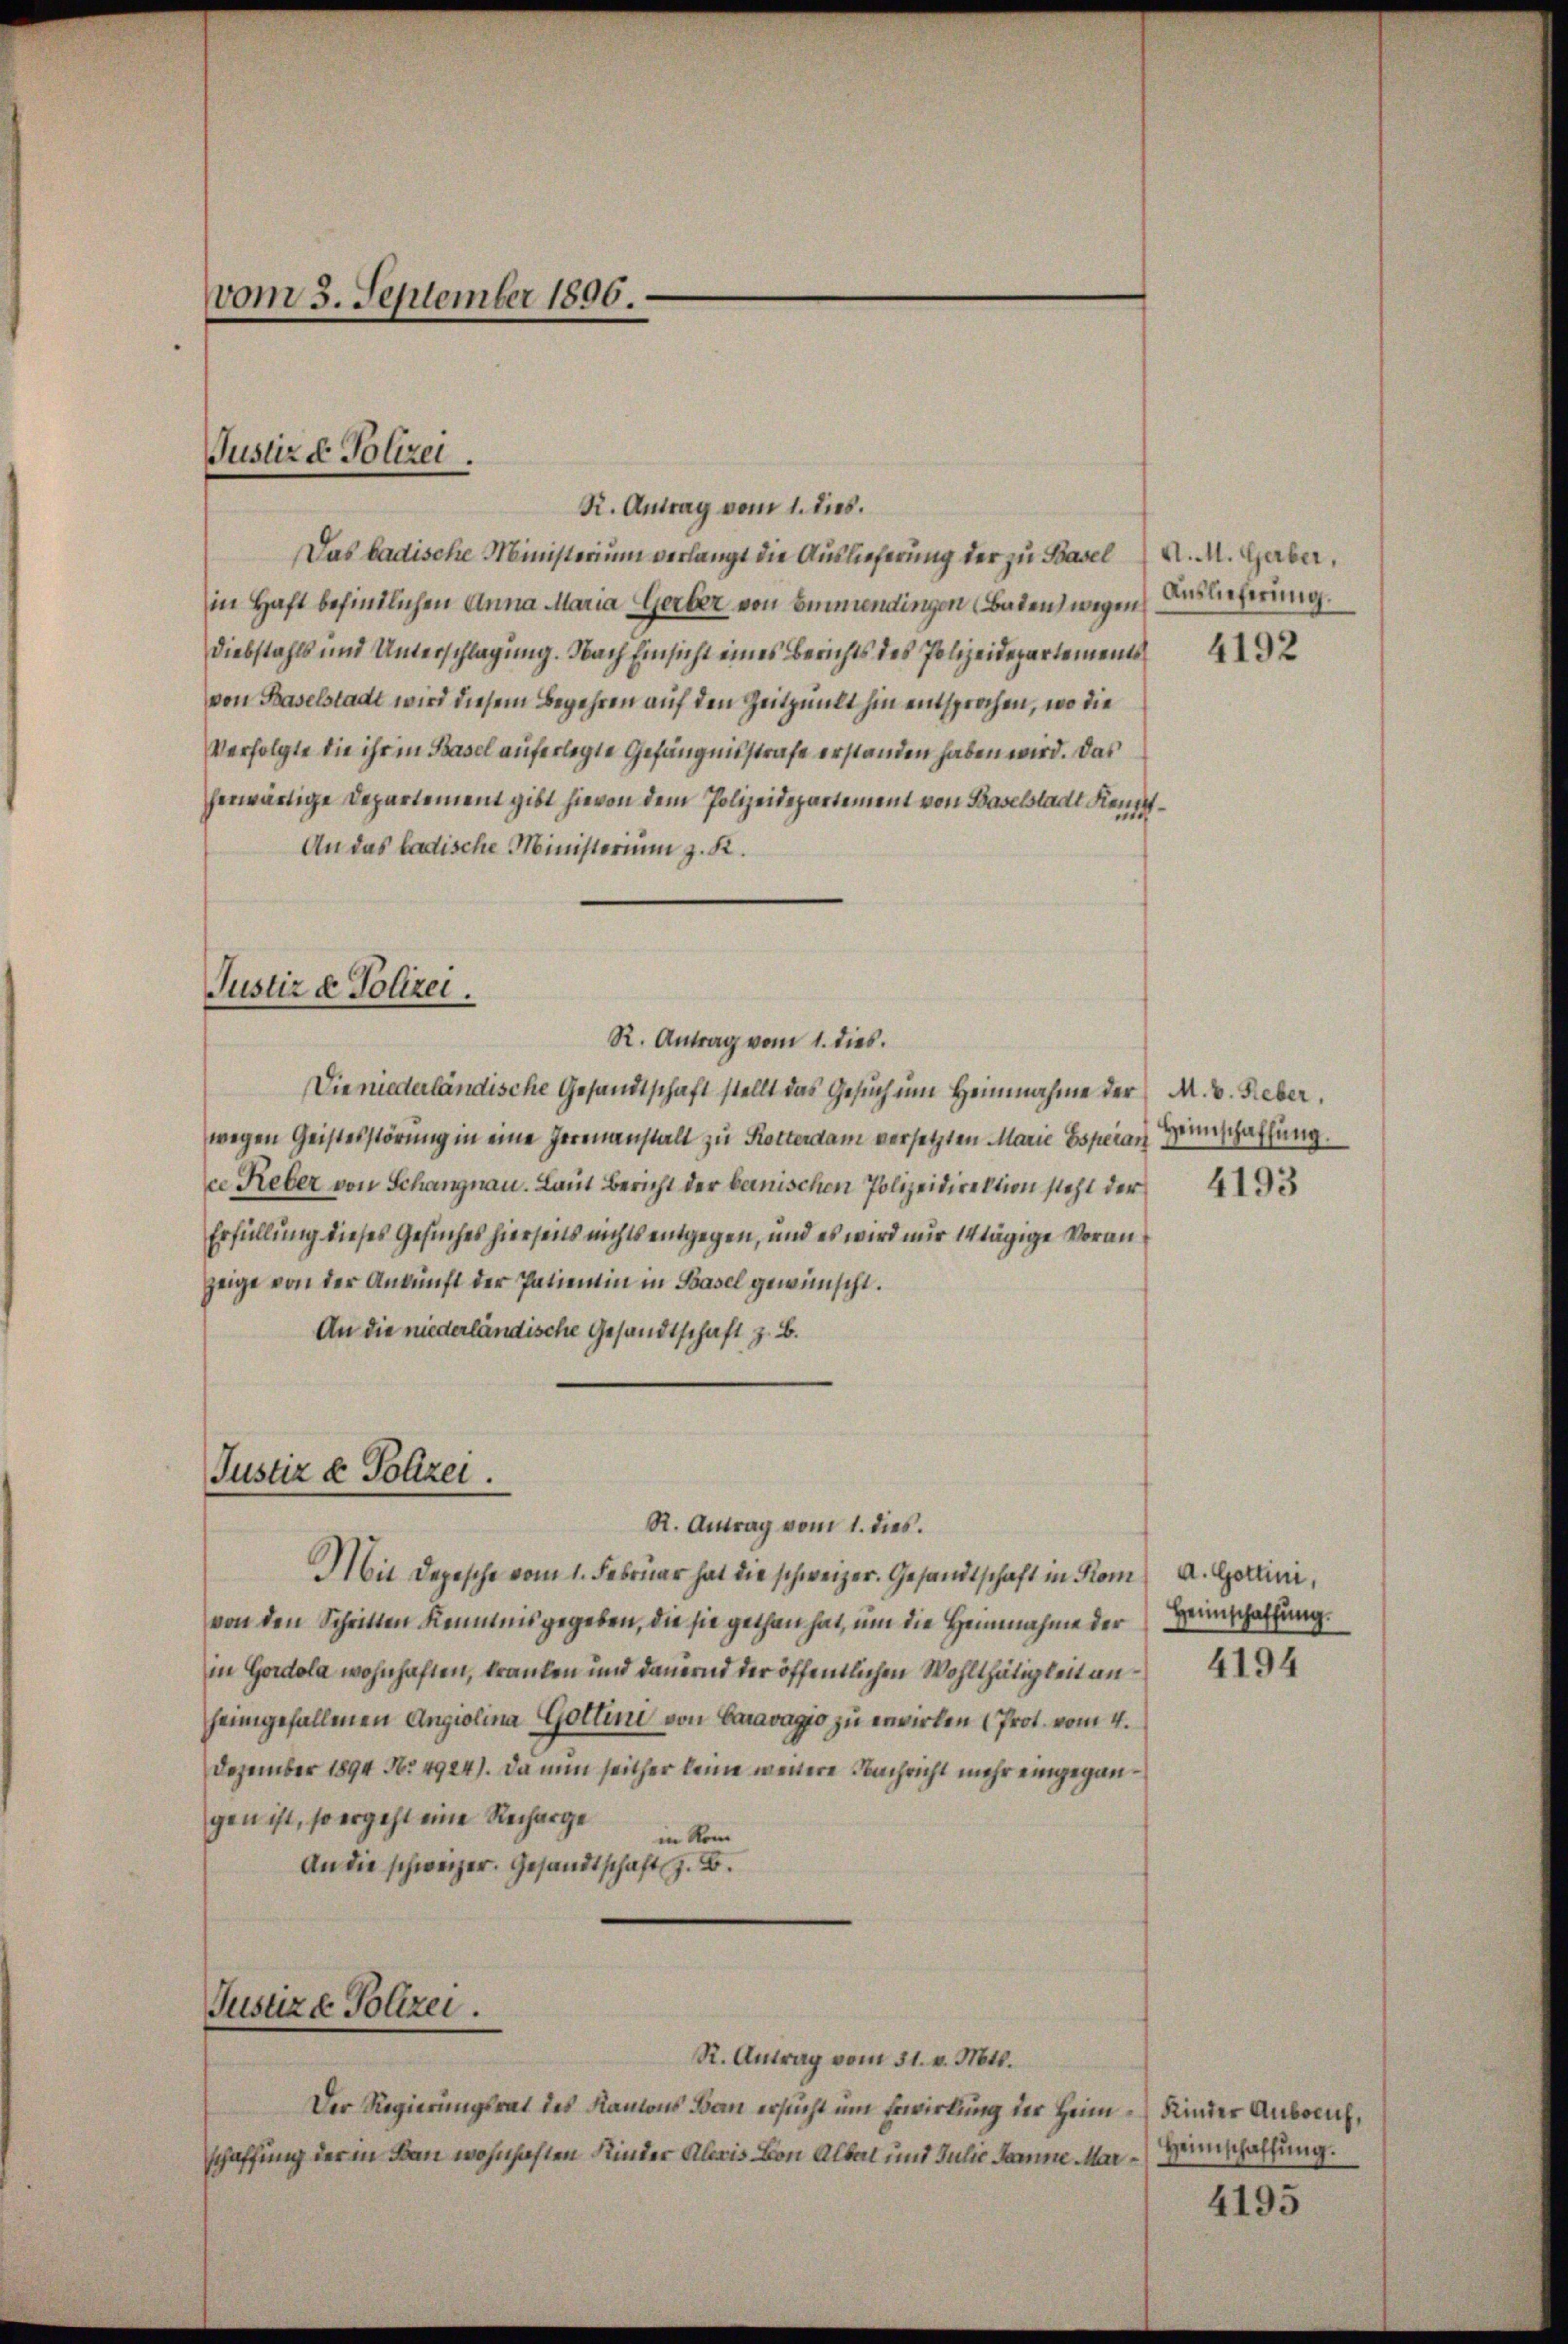
vom 3. September 1896.

R. Antrag vom 1. Dies.
Das badische Ministerium verlangt die Auslieferung der zu Basel (A. M. Gaber,
in Haft befindlichen Anna Maria Gerber von Emmendingen (Baten wegen Auslieferung.
Diebstahls und Unterschlagung. Nach Einsicht eines Berichts des Polizeidepartements
von Baselstadt wird diesem Begehren auf den Zeitpunkt hin entsprochen, wo die
Verfolgte die ihr in Basel auferlegte Gefängnisstrafe erstanden haben wird. Das
herwärtige Departement gibt hievon dem Polizeidepartement von Baselstadt Fenst¬
An das badische Ministerium z. K.
Justiz & Polizei.
R. Antrag vom 1. dies.
Die niederländische Gesandtschaft stellt das Gesuch um Heinnahme der M. v. Feber.
wegen Geistesstörung in eine Herenanstalt zu Rotterdam versetzten Marie Esperath Hinschaffung.
ce Reber von Schangnau. Laut Bericht der bernischen Polizeidirektion steht der
Erfüllung dieses Gesuches hierseits nichts entgegen, und es wird nur 14tägige Voranzeige von der Ankunft der Patientin in Basel gewünscht.
An die niederländische Gesandtschaft z. B.

Justiz & Polizei.

Justiz & Polizei
R. Antrag vom 1. dies.

Mit Depesche vom 1. Februar hat die schweizer. Gesandtschaft in Kom a. Gottini,
von den Scheinten Kenntnis gegeben, die sie gethan hat, ŭm die Heinnahme der Hinschaffung.
in Gordola wohnhaften, kranken und dauernd der öffentlichen Wohlthätigkeit an
heimgefallenen Angiolina Gottini von Caravagio zu erwirken (Prot. vom 4.
Dezember 1894 Nr. 4924). Da nun seither keine weitere Nachricht mehr eingegangen ist, so ergeht eine Recharge
in vom
An die schweizer. Gesandtschaft z. B.
Justiz & Polizei.
R. Antrag vom 31. v. Mtt.
Der Regierungsrat des Kantons Bau ersucht um Erwirkung der Heim Kinder Anblich,
schaffung der in Bau wohnhaften Kinder Alaris von Albal und Julie Samme Mar¬

4192

Heimschaffung.

4195